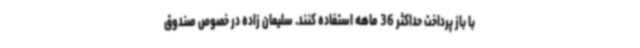
با باز پرداخت حداکثر 36 ماهه استفاده کنند. سلیمان زاده در خصوص صندوق